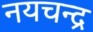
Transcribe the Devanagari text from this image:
नयचन्द्र